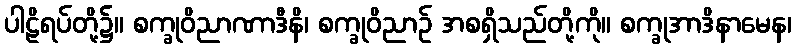
ပါဠိရပ်တို့၌။ စက္ခုဝိညာဏာဒီနိ၊ စက္ခုဝိညာဉ် အစရှိသည်တို့ကို။ စက္ခုအာဒိနာမေန၊